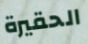
الحقيرة